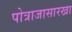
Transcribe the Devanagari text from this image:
पोत्राजासारखा